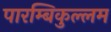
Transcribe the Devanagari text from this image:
पारम्बिकुल्लम